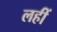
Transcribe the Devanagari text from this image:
लहीं